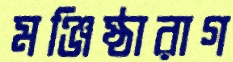
মঞ্জিষ্ঠারাগ